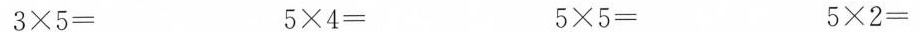
$$3 \times 5 =$$ $$5 times 4 =$$ $$5 \times 5 =$$ $$5 \times 2 =$$